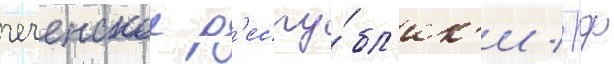
чеченскои р'еспу́бл'ик'и / рф